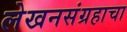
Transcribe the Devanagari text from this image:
लेखनसंग्रहाचा